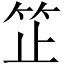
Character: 䇛